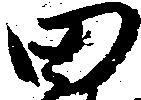
田